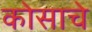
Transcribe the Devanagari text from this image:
कोसाचे